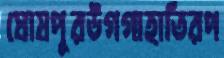
ঘোষপুরউগগাহাতিরপ